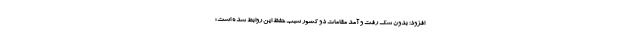
افزود: بدون شک رفت و آمد مقامات دو کشور سبب حفظ این روابط شده است؛